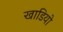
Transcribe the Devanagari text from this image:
खाडियो